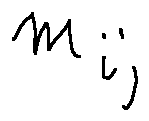
m _ { i j }